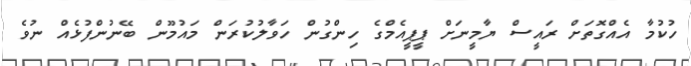
ހުކުމާ އެއްގޮތަށް ރައީސް ޔާމީނަށް ޕީޕީއެމްގެ ހިންގުން ހަވާލުކުރަން މައުމޫން ބޭނުންފުޅެއް ނުވެ